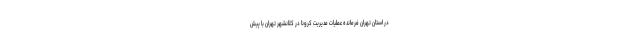
در استان تهران فرمانده عملیات مدیریت کرونا در کلانشهر تهران با پیش